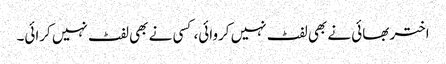
اختر بھائی نے بھی لفٹ نہیں کروائی، کسی نے بھی لفٹ نہیں کرائی۔